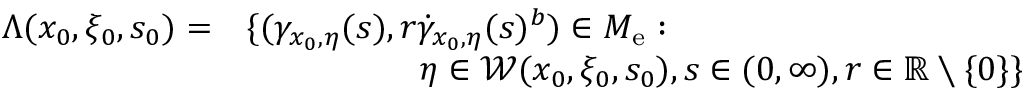
\begin{array} { r l } { \Lambda ( { x _ { 0 } , \xi _ { 0 } , s _ { 0 } } ) = } & { \{ ( \gamma _ { x _ { 0 } , \eta } ( s ) , r \dot { \gamma } _ { x _ { 0 } , \eta } ( s ) ^ { b } ) \in { M _ { \mathrm { e } } } : } \\ & { \quad \quad \quad \quad \quad \eta \in \mathcal { W } ( { x _ { 0 } , \xi _ { 0 } , s _ { 0 } } ) , s \in ( 0 , \infty ) , r \in \mathbb { R } \setminus \{ 0 \} \} } \end{array}